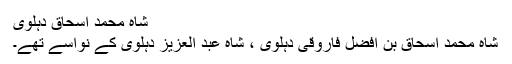
شاہ محمد اسحاق دہلوی
شاہ محمد اسحاق بن افضل فاروقی دہلوی ، شاہ عبد العزیز دہلوی کے نواسے تھے۔